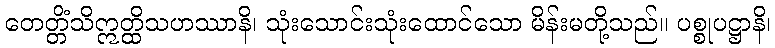
တေတ္တိံသိဣတ္ထိသဟဿာနိ၊ သုံးသောင်းသုံးထောင်သော မိန်းမတို့သည်။ ပစ္စုပဋ္ဌာနိ၊